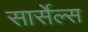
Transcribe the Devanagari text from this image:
सार्सेल्स